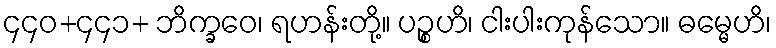
၄၄၀+၄၄၁+ ဘိက္ခဝေ၊ ရဟန်းတို့။ ပဉ္စဟိ၊ ငါးပါးကုန်သော။ ဓမ္မေဟိ၊